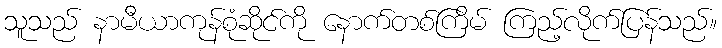
သူသည် နာမီယာကုန်စုံဆိုင်ကို နောက်တစ်ကြိမ် ကြည့်လိုက်ပြန်သည်။